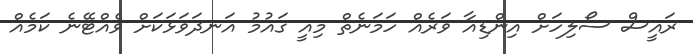
ރައީސް ސޯލިހަށް އިންޑިއާ ވަރެއް ހަމަނެތް މިއީ ގައުމު އަނދަވަޅަކަށް ވެއްޓޭނެ ކަމެއް